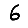
Digit: 6